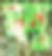
মনু